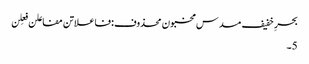
بحرِ خفیف مسدس مخبون محذوف:فاعلاتن مفاعلن فعِلن
5۔